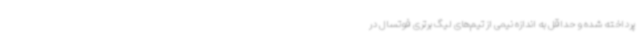
پرداخته شده و حداقل به اندازه نیمی از تیم‌های لیگ برتری فوتسال در